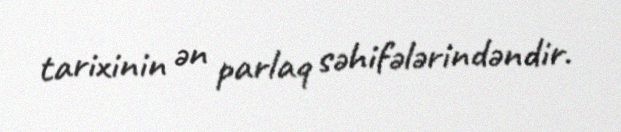
tarixinin ən parlaq səhifələrindəndir.